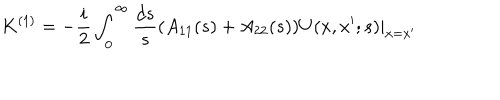
K ^ { ( 1 ) } = - \frac { i } { 2 } \int _ { 0 } ^ { \infty } \frac { d s } { s } ( A _ { 1 1 } ( s ) + A _ { 2 2 } ( s ) ) U ( x , x ^ { \prime } ; s ) | _ { x = x ^ { \prime } }